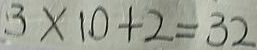
3 \times 1 0 + 2 = 3 2